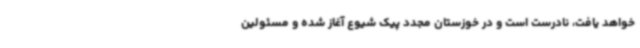
خواهد یافت، نادرست است و در خوزستان مجدد پیک شیوع آغاز شده و مسئولین